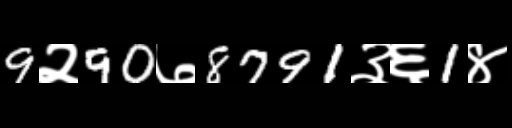
Text: 9२90७8791३६1४